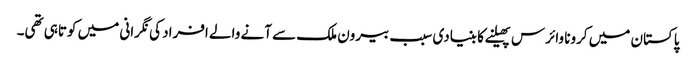
پاکستان میں کرونا وائرس پھیلنے کا بنیادی سبب بیرون ملک سے آنے والے افراد کی نگرانی میں کوتاہی تھی۔